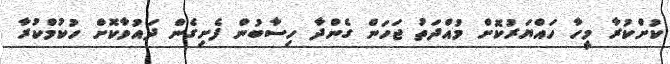
ކުށްކުރާ މީހާ ހައްޔަރުކޮށް މުއްދަތު ޖަހަން ގެންދާ ހިސާބުން ފެށިގެން ދައުވާކޮށް ހުކުމްކުރާ